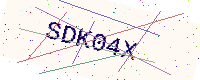
Text: SDK04X